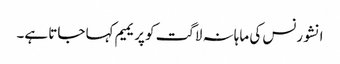
انشورنس کی ماہانہ لاگت کو پریمیم کہا جاتا ہے۔